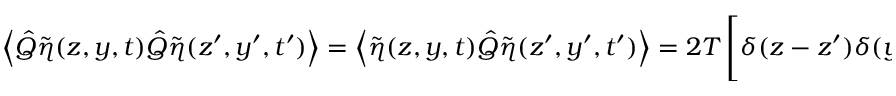
\left\langle \hat { Q } \tilde { \eta } ( z , y , t ) \hat { Q } \tilde { \eta } ( z ^ { \prime } , y ^ { \prime } , t ^ { \prime } ) \right\rangle = \left\langle \tilde { \eta } ( z , y , t ) \hat { Q } \tilde { \eta } ( z ^ { \prime } , y ^ { \prime } , t ^ { \prime } ) \right\rangle = 2 T \left[ \delta ( z - z ^ { \prime } ) \delta ( y - y ^ { \prime } ) - \frac { u _ { 0 } ( z ) u _ { 0 } ( z ^ { \prime } ) } { ( u _ { 0 } , u _ { 0 } ) L _ { y } } \right] \delta ( t - t ^ { \prime } ) .